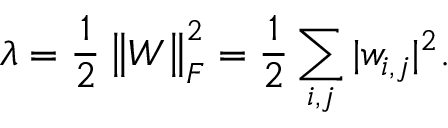
\lambda = \frac { 1 } { 2 } \left\| \boldsymbol { W } \right\| _ { F } ^ { 2 } = \frac { 1 } { 2 } \sum _ { i , j } | w _ { i , j } | ^ { 2 } .